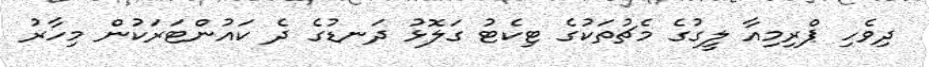
ދިވެހި ޕްރިމިއާ ލީގުގެ މެޗުތަކުގެ ޓިކެޓު ގަލޮޅު ދަނޑުގެ ދެ ކައުންޓަރަކުން މިހާރު